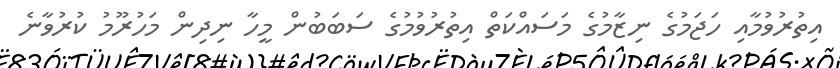
އިތުރުވުމާއި ހަޖަމުގެ ނިޒާމުގެ މަސައްކަތް އިތުރުވުމުގެ ސަބަބުން މީހާ ނިދިން މަހުރޫމު ކުރުވާނެ